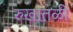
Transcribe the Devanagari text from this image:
रुखातळी